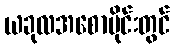
ယခုလအစောပိုင်းတွင်